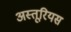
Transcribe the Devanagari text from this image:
अस्तूरियस